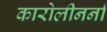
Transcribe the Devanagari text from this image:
कारोलीनर्ना